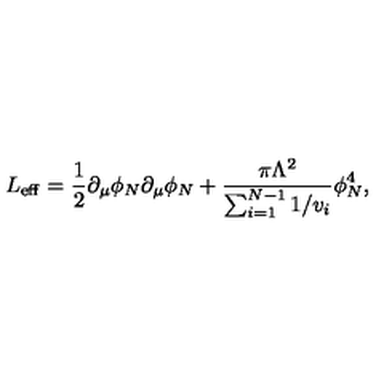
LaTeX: L _ { \mathrm { e f f } } = { \frac { 1 } { 2 } } \partial _ { \mu } \phi _ { N } \partial _ { \mu } \phi _ { N } + { \frac { \pi \Lambda ^ { 2 } } { \sum _ { i = 1 } ^ { N - 1 } 1 / v _ { i } } } \phi _ { N } ^ { 4 } ,